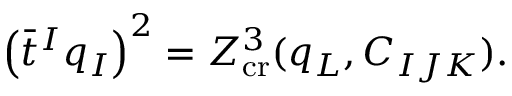
\left( \bar { t } ^ { I } q _ { I } \right) ^ { 2 } = Z _ { \mathrm { c r } } ^ { 3 } ( q _ { L } , C _ { I J K } ) .